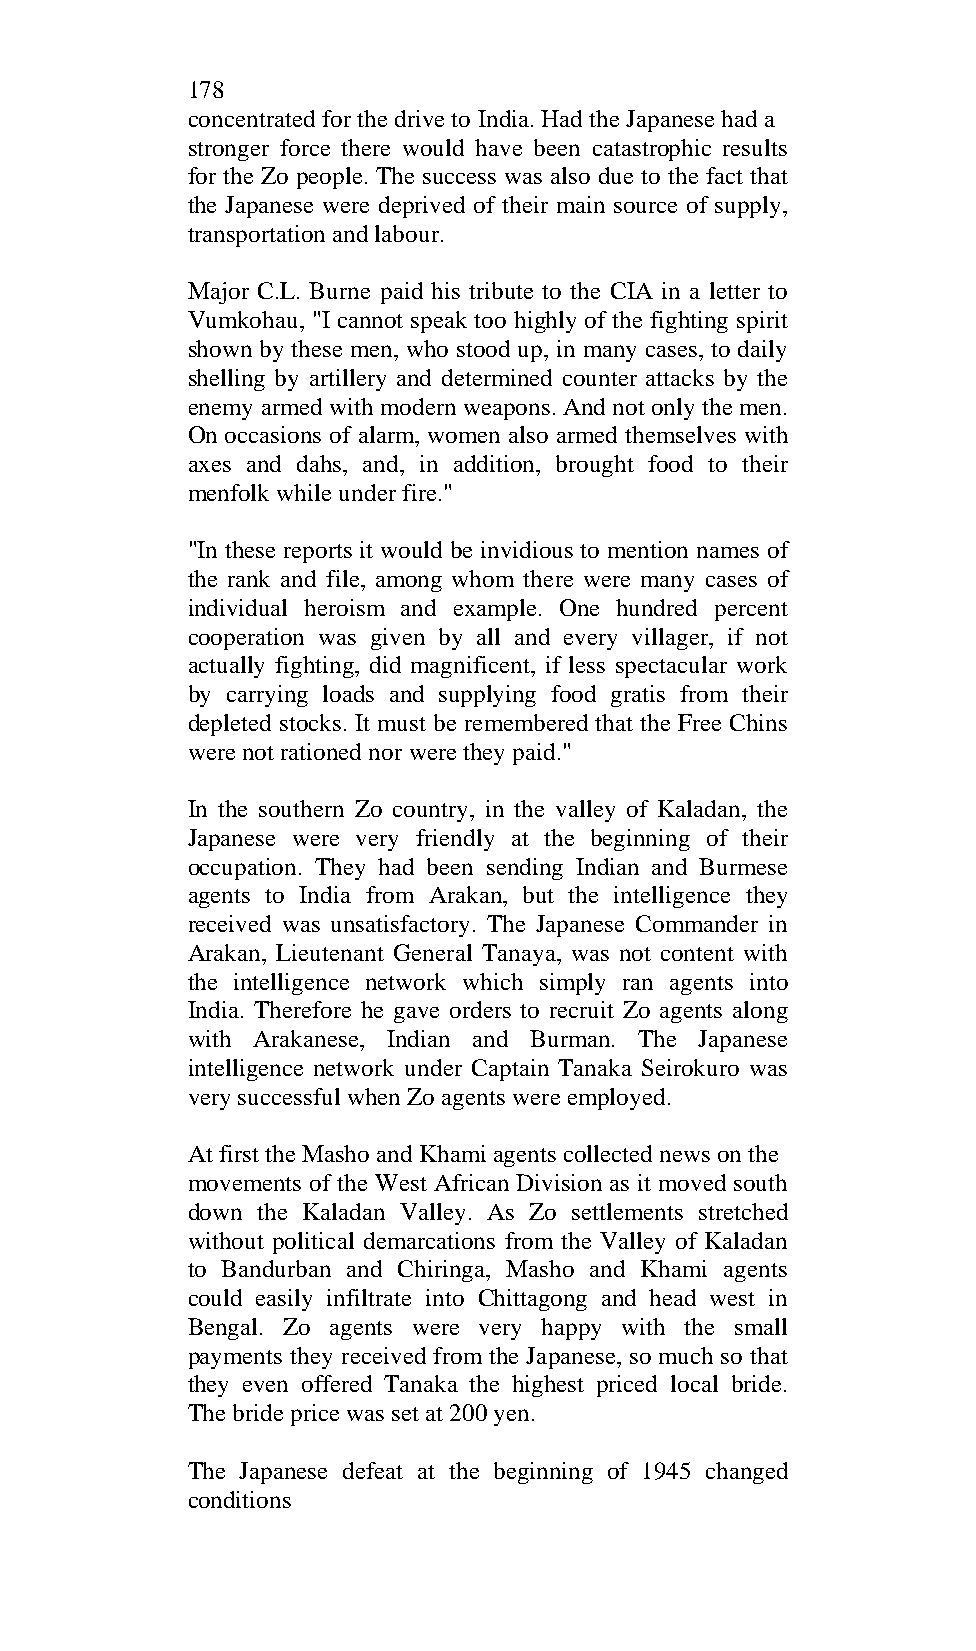
178
 concentrated for the drive to India. Had the Japanese had a
 stronger force there would have been catastrophic results
 for the Zo people. The success was also due to the fact that
 the Japanese were deprived of their main source of supply,
 transportation and labour.
 Major C.L. Burne paid his tribute to the CIA in a letter to
 Vumkohau, "I cannot speak too highly of the fighting spirit
 shown by these men, who stood up, in many cases, to daily
 shelling by artillery and determined counter attacks by the
 enemy armed with modern weapons. And not only the men.
 On occasions of alarm, women also armed themselves with
 axes and dahs, and, in addition, brought food to their
 menfolk while under fire."
 "In these reports it would be invidious to mention names of
 the rank and file, among whom there were many cases of
 individual heroism and example. One hundred percent
 cooperation was given by all and every villager, if not
 actually fighting, did magnificent, if less spectacular work
 by carrying loads and supplying food gratis from their
 depleted stocks. It must be remembered that the Free Chins
 were not rationed nor were they paid."
 In the southern Zo country, in the valley of Kaladan, the
 Japanese were very friendly at the beginning of their
 occupation. They had been sending Indian and Burmese
 agents to India from Arakan, but the intelligence they
 received was unsatisfactory. The Japanese Commander in
 Arakan, Lieutenant General Tanaya, was not content with
 the intelligence network which simply ran agents into
 India. Therefore he gave orders to recruit Zo agents along
 with Arakanese, Indian and Burman. The Japanese
 intelligence network under Captain Tanaka Seirokuro was
 very successful when Zo agents were employed.
 At first the Masho and Khami agents collected news on the
 movements of the West African Division as it moved south
 down the Kaladan Valley. As Zo settlements stretched
 without political demarcations from the Valley of Kaladan
 to Bandurban and Chiringa, Masho and Khami agents
 could easily infiltrate into Chittagong and head west in
 Bengal. Zo agents were very happy with the small
 payments they received from the Japanese, so much so that
 they even offered Tanaka the highest priced local bride.
 The bride price was set at 200 yen.
 The Japanese defeat at the beginning of 1945 changed
 conditions